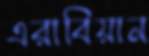
এরাবিয়ান